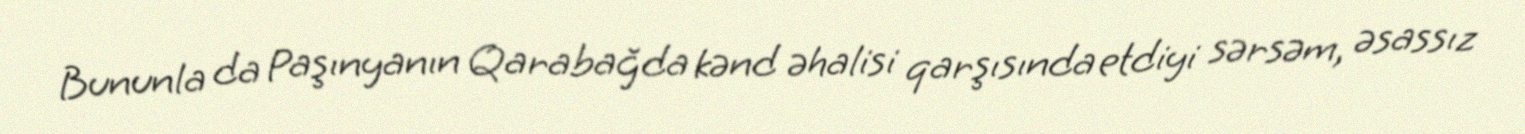
Bununla da Paşınyanın Qarabağda kənd əhalisi qarşısında etdiyi sərsəm, əsassız